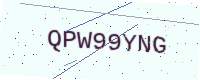
Text: QPW99YNG